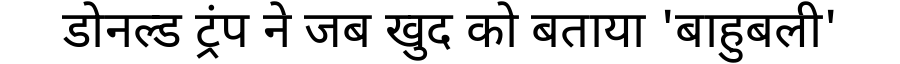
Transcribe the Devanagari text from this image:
डोनल्ड ट्रंप ने जब खुद को बताया 'बाहुबली'